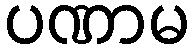
ပဏာမ